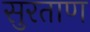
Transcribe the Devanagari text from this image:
सुरताण